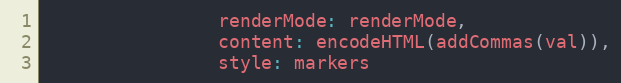
Language: JavaScript
                renderMode: renderMode,
                content: encodeHTML(addCommas(val)),
                style: markers